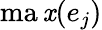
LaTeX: \operatorname*{ma\mathit{x}}(e_{j})